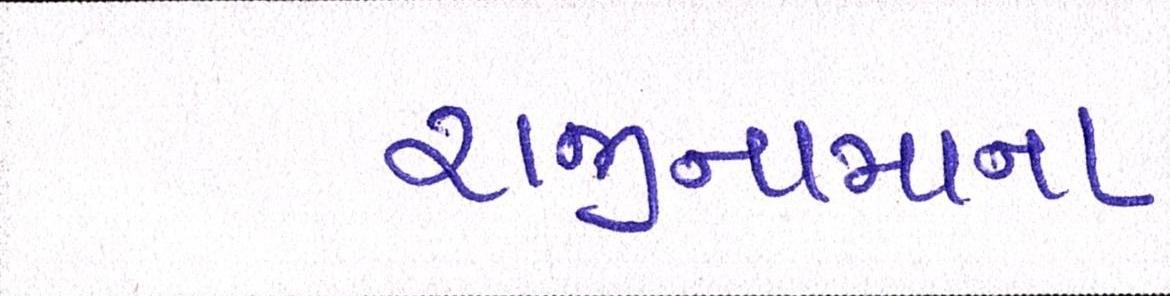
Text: રાજીનામાના